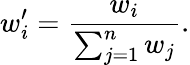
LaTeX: w_{i}^{\prime}=\frac{w_{i}}{\sum_{j=1}^{n}w_{j}}.